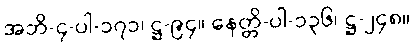
အဘိ-၄-ပါ-၁၇၁၊ ဋ္ဌ-၉၄။ နေတ္တိ-ပါ-၁၃၆၊ ဋ္ဌ-၂၄၈။